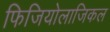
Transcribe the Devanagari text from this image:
फिजियोलाजिकल